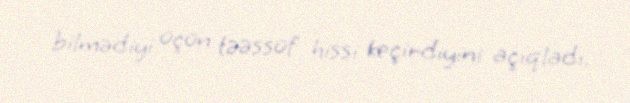
bilmədiyi üçün təəssüf hissi keçirdiyini açıqladı.